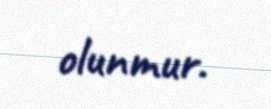
olunmur.